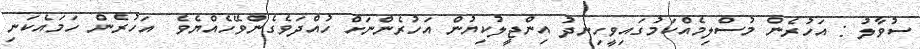
ސުވާލު : އަހުރެން މުސްލިމެއްކަމުގައިވީހިނދު އިންޖީލުކިޔުން އަހުރެންނަށް ހުއްދަވެގެންވޭހެއްޔެވެ  އަހުރެން ހަމައެކަނި